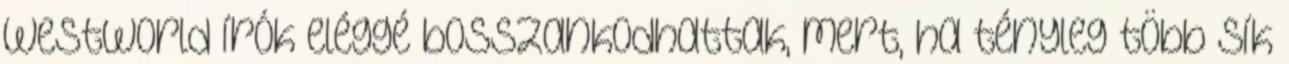
westworld írók eléggé bosszankodhattak, mert, ha tényleg több sík